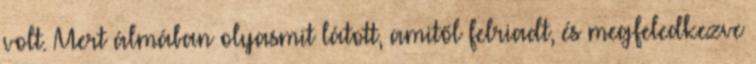
volt. Mert álmában olyasmit látott, amitől felriadt, és megfeledkezve